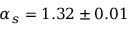
\alpha _ { s } = 1 . 3 2 \pm 0 . 0 1